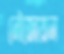
নৌজোয়ান